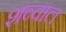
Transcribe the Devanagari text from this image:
शब्वाल